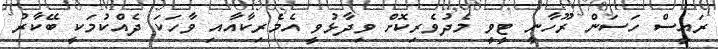
ރައީސް ހަސަން ރޫހާނީ ޓީވީ މެދުވެރިކޮށް ވިދާޅުވީ އެމެރިކާއާއި ވާހަކަ ދެއްކުމަކީ ބޭކާރު